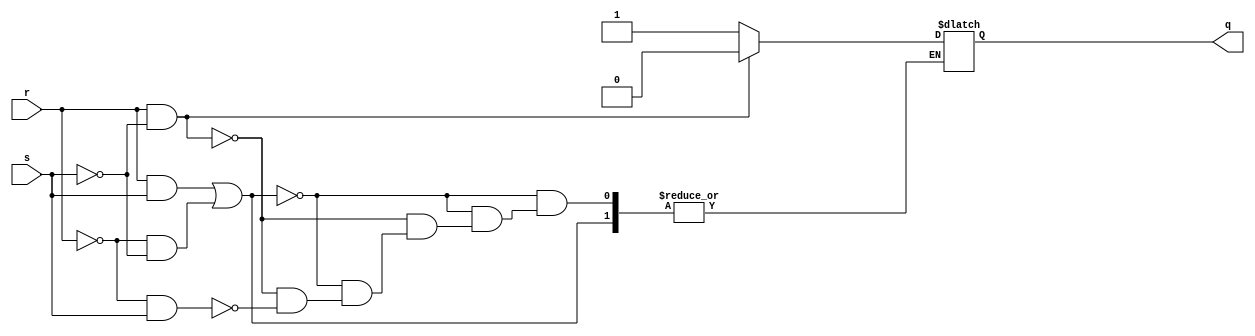
module SR_latch(r, s, q);
  input wire r, s;
  output wire q;
  reg rq = 0;
  
  assign q = rq;
  
  always @(r, s)
    begin
      if(r && s || !r && !s)
        begin
          // condition to ignore
        end
      else if(r && !s)
        begin
          rq = 0;
        end
      else if(!r && s)
        begin
          rq = 1;
        end
    end
endmodule